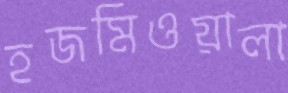
হজমিওয়ালা